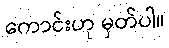
ကောင်းဟု မှတ်ပါ။